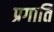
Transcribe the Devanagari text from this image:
प्रगाति